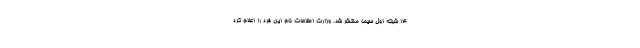
14 شبکه اول سیما منتشر شد. وزارت اطلاعات نام این فرد را اعلام کرد